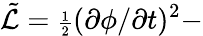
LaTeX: {\tilde{{\cal L}}}={\scriptstyle\frac{1}{2}}(\partial\phi/\partial t)^{2}-